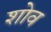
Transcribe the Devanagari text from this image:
शोव